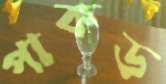
পাকড়